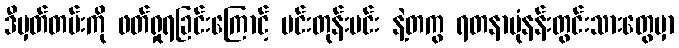
ဒီမှတ်တမ်းကို ဖတ်ရှုရခြင်းကြောင့် မင်းတုန်းမင်း နဲ့တကွ ရတနာပုံနန်းတွင်းသားတွေမှာ